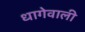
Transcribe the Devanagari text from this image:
धागेवाली